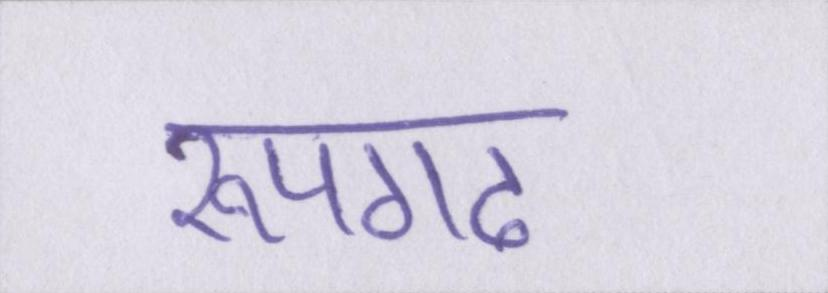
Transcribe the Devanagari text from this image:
रूपगढ